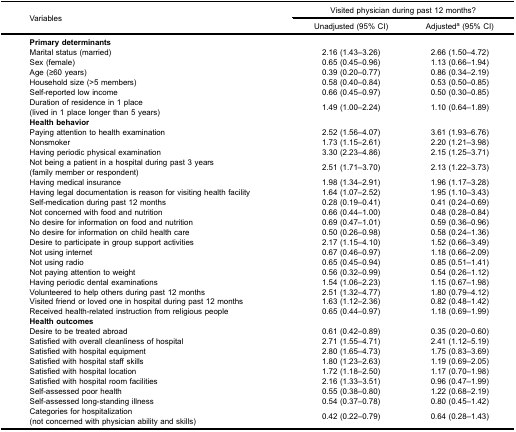
<table><thead><tr><td rowspan="3"><b>Variables</b></td><td colspan="2"><b>Visited physician during past 12 months?</b></td></tr><tr><td><b>Unadjusted (95% CI)</b></td><td><b>Adjusted<sup>a</sup> (95% CI)</b></td></tr></thead><tbody><tr><td><b>Primary determinants</b></td><td> </td><td> </td></tr><tr><td>Marital status (married)</td><td>2.16 (1.43–3.26)</td><td>2.66 (1.50–4.72)</td></tr><tr><td>Sex (female)</td><td>0.65 (0.45–0.96)</td><td>1.13 (0.66–1.94)</td></tr><tr><td>Age (≥60 years)</td><td>0.39 (0.20–0.77)</td><td>0.86 (0.34–2.19)</td></tr><tr><td>Household size (&gt;5 members)</td><td>0.58 (0.40–0.84)</td><td>0.53 (0.50–0.85)</td></tr><tr><td>Self-reported low income</td><td>0.66 (0.45–0.97)</td><td>0.50 (0.30–0.85)</td></tr><tr><td>Duration of residence in 1 place(lived in 1 place longer than 5 years)</td><td>1.49 (1.00–2.24)</td><td>1.10 (0.64–1.89)</td></tr><tr><td><b>Health behavior</b></td><td> </td><td> </td></tr><tr><td>Paying attention to health examination</td><td>2.52 (1.56–4.07)</td><td>3.61 (1.93–6.76)</td></tr><tr><td>Nonsmoker</td><td>1.73 (1.15–2.61)</td><td>2.20 (1.21–3.98)</td></tr><tr><td>Having periodic physical examination</td><td>3.30 (2.23–4.86)</td><td>2.15 (1.25–3.71)</td></tr><tr><td>Not being a patient in a hospital during past 3 years(family member or respondent)</td><td>2.51 (1.71–3.70)</td><td>2.13 (1.22–3.73)</td></tr><tr><td>Having medical insurance</td><td>1.98 (1.34–2.91)</td><td>1.96 (1.17–3.28)</td></tr><tr><td>Having legal documentation is reason for visiting health facility</td><td>1.64 (1.07–2.52)</td><td>1.95 (1.10–3.43)</td></tr><tr><td>Self-medication during past 12 months</td><td>0.28 (0.19–0.41)</td><td>0.41 (0.24–0.69)</td></tr><tr><td>Not concerned with food and nutrition</td><td>0.66 (0.44–1.00)</td><td>0.48 (0.28–0.84)</td></tr><tr><td>No desire for information on food and nutrition</td><td>0.69 (0.47–1.01)</td><td>0.59 (0.36–0.96)</td></tr><tr><td>No desire for information on child health care</td><td>0.50 (0.26–0.98)</td><td>0.58 (0.24–1.36)</td></tr><tr><td>Desire to participate in group support activities</td><td>2.17 (1.15–4.10)</td><td>1.52 (0.66–3.49)</td></tr><tr><td>Not using internet</td><td>0.67 (0.46–0.97)</td><td>1.18 (0.66–2.09)</td></tr><tr><td>Not using radio</td><td>0.65 (0.45–0.94)</td><td>0.85 (0.51–1.41)</td></tr><tr><td>Not paying attention to weight</td><td>0.56 (0.32–0.99)</td><td>0.54 (0.26–1.12)</td></tr><tr><td>Having periodic dental examinations</td><td>1.54 (1.06–2.23)</td><td>1.15 (0.67–1.98)</td></tr><tr><td>Volunteered to help others during past 12 months</td><td>2.51 (1.32–4.77)</td><td>1.80 (0.79–4.12)</td></tr><tr><td>Visited friend or loved one in hospital during past 12 months</td><td>1.63 (1.12–2.36)</td><td>0.82 (0.48–1.42)</td></tr><tr><td>Received health-related instruction from religious people</td><td>0.65 (0.44–0.97)</td><td>1.18 (0.69–1.99)</td></tr><tr><td><b>Health outcomes</b></td><td> </td><td> </td></tr><tr><td>Desire to be treated abroad</td><td>0.61 (0.42–0.89)</td><td>0.35 (0.20–0.60)</td></tr><tr><td>Satisfied with overall cleanliness of hospital</td><td>2.71 (1.55–4.71)</td><td>2.41 (1.12–5.19)</td></tr><tr><td>Satisfied with hospital equipment</td><td>2.80 (1.65–4.73)</td><td>1.75 (0.83–3.69)</td></tr><tr><td>Satisfied with hospital staff skills</td><td>1.80 (1.23–2.63)</td><td>1.19 (0.69–2.05)</td></tr><tr><td>Satisfied with hospital location</td><td>1.72 (1.18–2.50)</td><td>1.17 (0.70–1.98)</td></tr><tr><td>Satisfied with hospital room facilities</td><td>2.16 (1.33–3.51)</td><td>0.96 (0.47–1.99)</td></tr><tr><td>Self-assessed poor health</td><td>0.55 (0.38–0.80)</td><td>1.22 (0.68–2.19)</td></tr><tr><td>Self-assessed long-standing illness</td><td>0.54 (0.37–0.78)</td><td>0.80 (0.45–1.42)</td></tr><tr><td>Categories for hospitalization(not concerned with physician ability and skills)</td><td>0.42 (0.22–0.79)</td><td>0.64 (0.28–1.43)</td></tr></tbody></table>